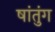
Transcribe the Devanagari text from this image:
षांतुंग